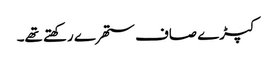
کپڑے صاف ستھرے رکھتے تھے۔